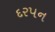
દરપન